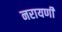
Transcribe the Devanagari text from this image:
नरायणी